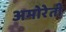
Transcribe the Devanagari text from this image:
अमोरेती